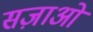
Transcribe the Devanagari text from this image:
सज़ाओं